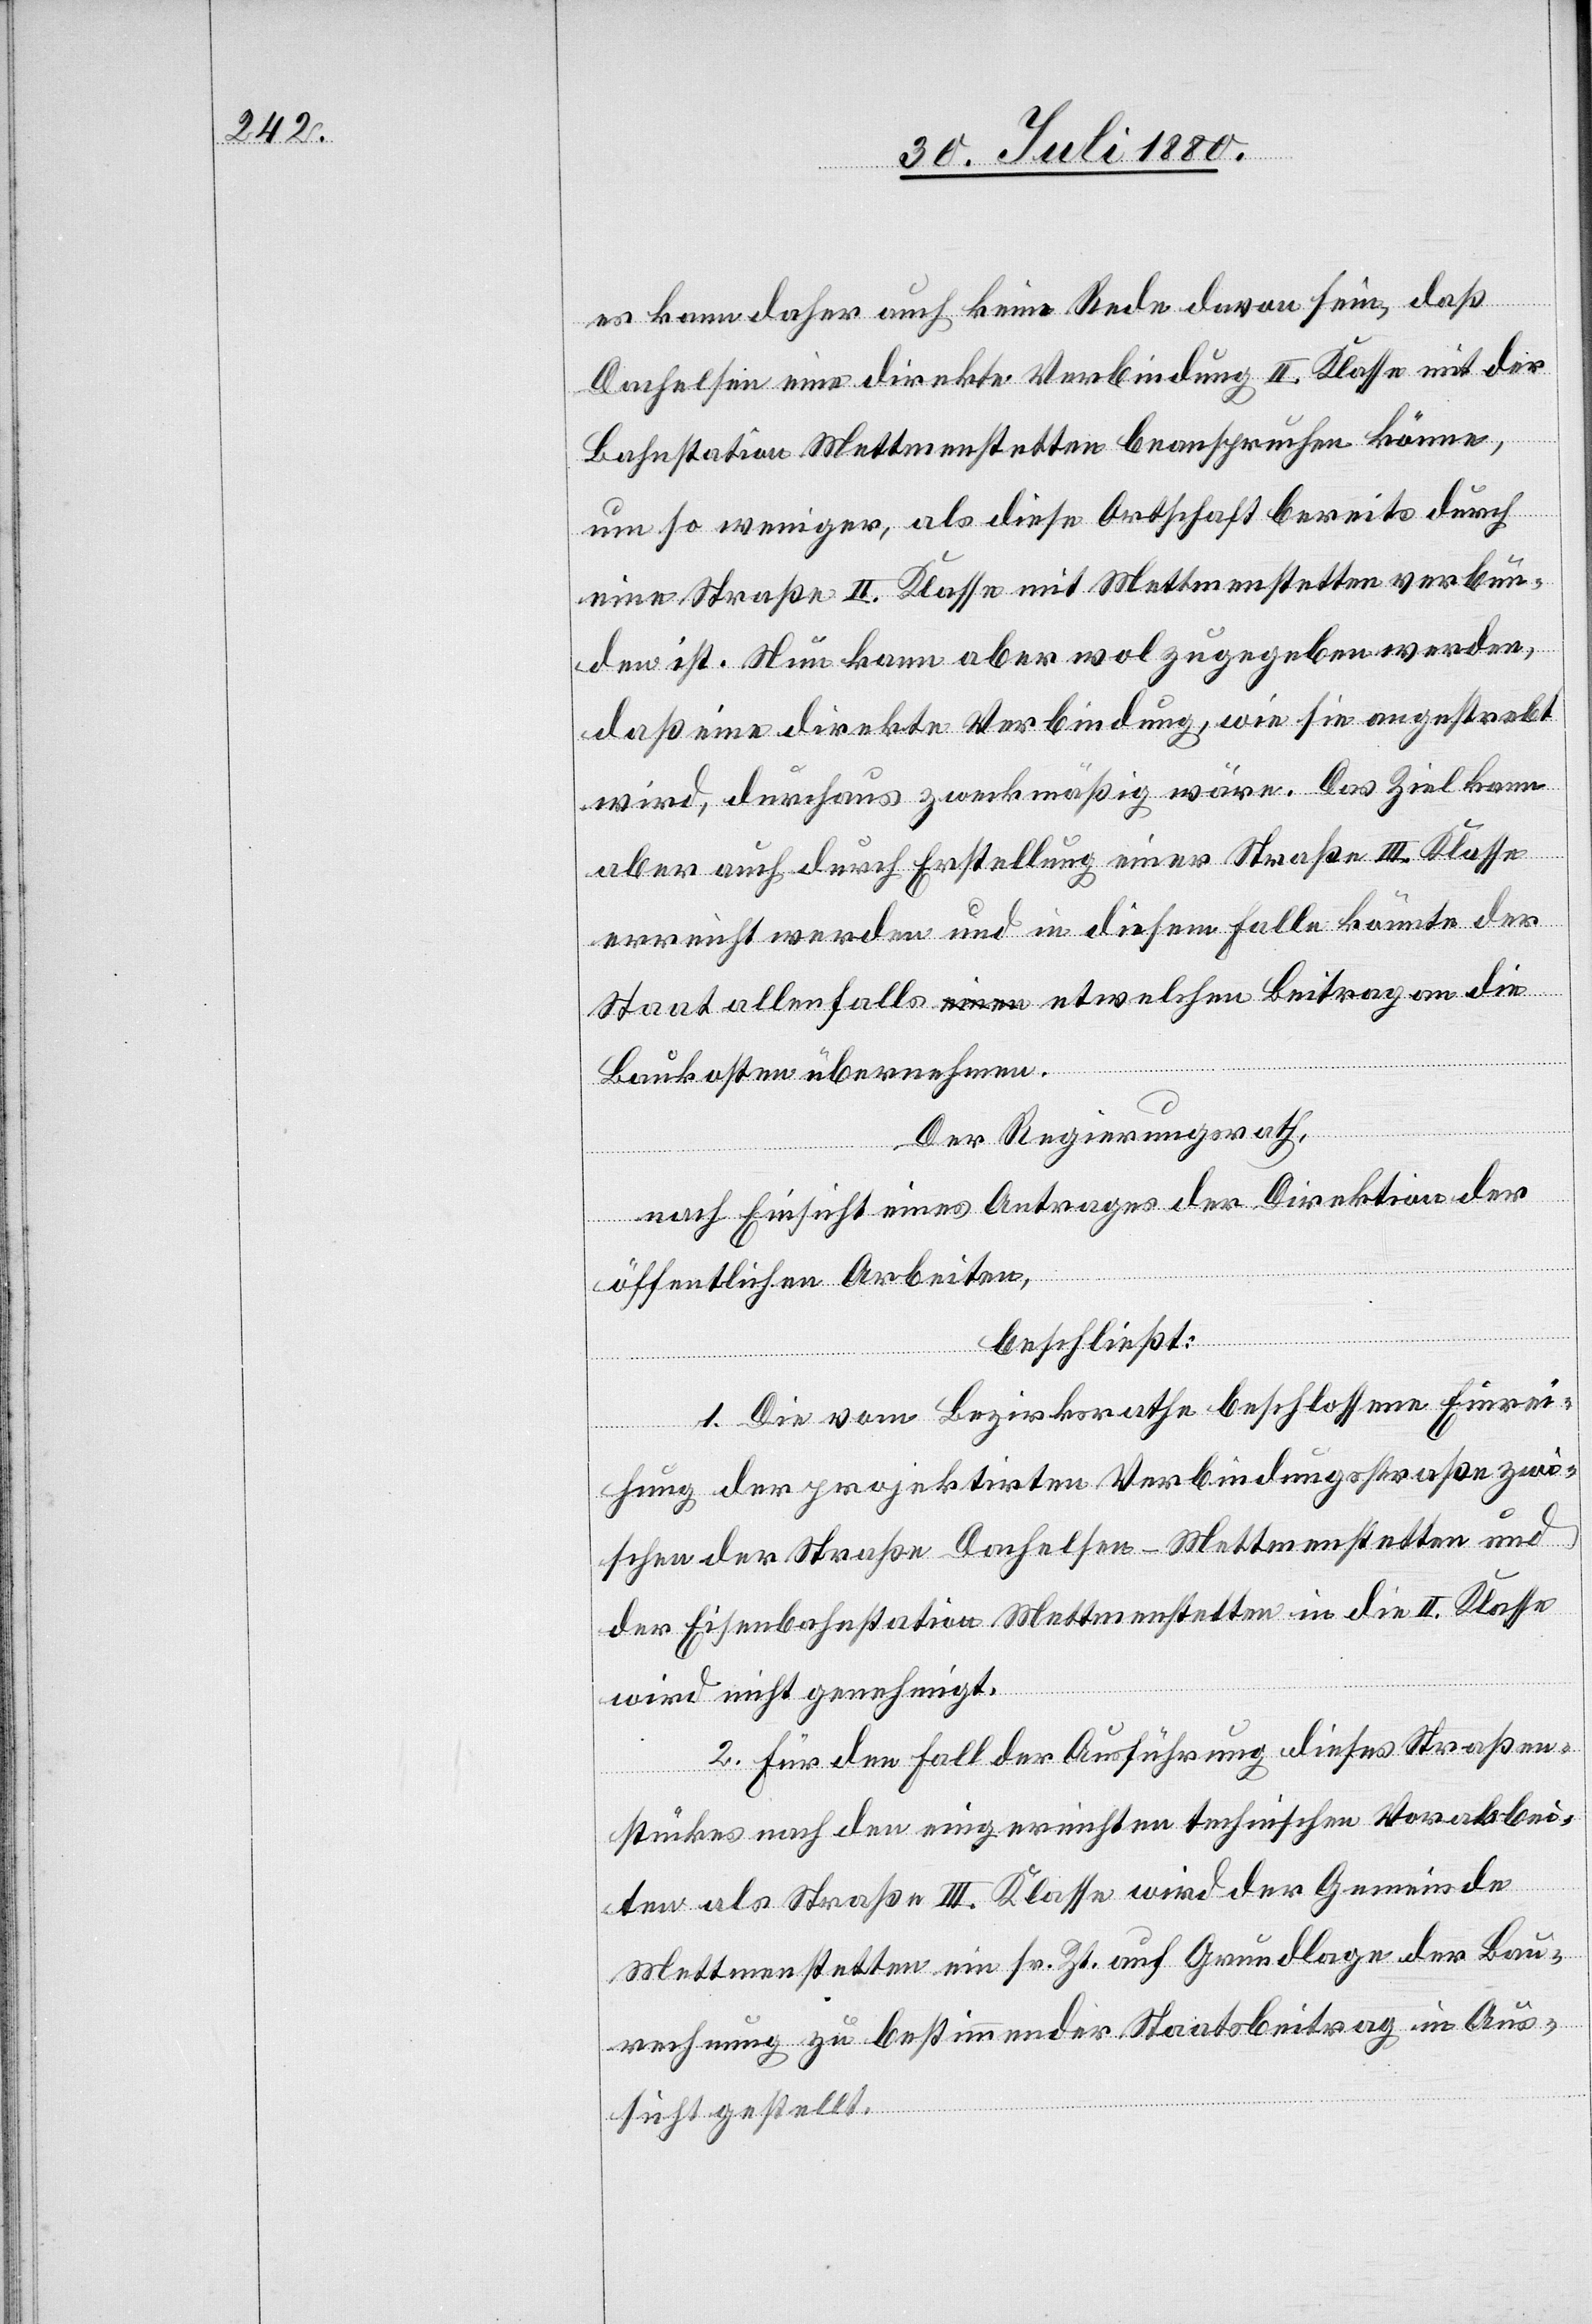
es kann daher auch keine Rede davon sein, daß
Dachelsen eine direkte Verbindung II. Klasse mit der
Bahnstation Mettmenstetten beanspruchen könne,
um so weniger, als diese Ortschaft bereits durch
eine Straße II. Klasse mit Mettmenstetten verbun¬
den ist. Nun kann aber wol zugegeben werden,
daß eine direkte Verbindung, wie sie angestrebt
wird, durchaus zweckmäßig wäre. Das Ziel kann
aber auch durch Erstellung einer Straße III. Klasse
erreicht werden und in diesem Falle könnte der
Staat allenfalls etwelchen Beitrag an die
Baukosten übernehmen.
Der Regierungsrath,
nach Einsicht eines Antrages der Direktion der
öffentlichen Arbeiten,
beschließt:
1. Die vom Bezirksrathe beschlossene Einrei¬
chung der projektirten Verbindungstraße zwi¬
schen der Straße Dachelsen–Mettmenstetten und
der Eisenbahnstation Mettmenstetten in die II. Klasse
wird nicht genehmigt.
2. Für den Fall der Ausführung dieses Straßen¬
stückes nach den eingereichten technischen Vorarbei¬
ten als Straße III. Klasse wird der Gemeinde
Mettmenstetten ein sr. Zt. auf Grundlage der Bau¬
rechnung zu bestimmender Staatsbeitrag in Aus¬
sicht gestellt.